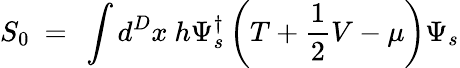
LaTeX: S_{0}~=~\int d^{D}x~h\Psi_{s}^{\dagger}\left(T+\frac{1}{2}V-\mu\right)\Psi_{s}